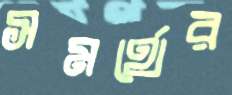
সমর্থের